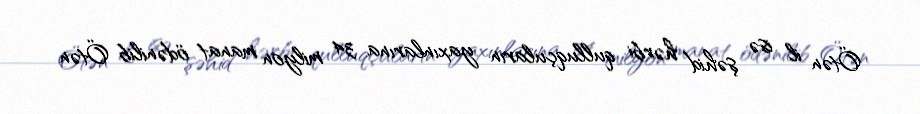
Ötən il isə şəhid hərbi qulluqçuların yaxınlarına 34 milyon manat ödənilib Ötən